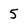
Character: 5